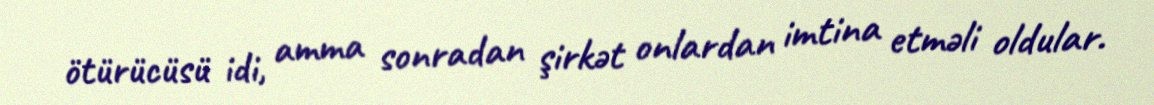
ötürücüsü idi, amma sonradan şirkət onlardan imtina etməli oldular.